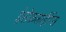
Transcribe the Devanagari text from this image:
इंसेफ़लाईटिस